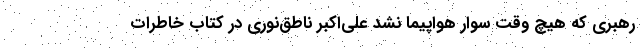
رهبری که هیچ وقت سوار هواپیما نشد علی‌اکبر ناطق‌نوری در کتاب خاطرات